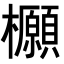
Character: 𭬻